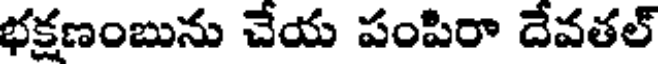
భక్షణంబును చేయ పంపిరా దేవతల్